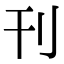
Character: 刊